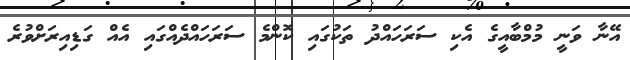
އޭނާ ވަނީ މުމްބާއީގެ އެކި ސަރަހައްދު ތަކުގައި ކޮންމެ ސަރަހައްދެއްގައި އެއް ގަޑިއިރަށްވުރެ